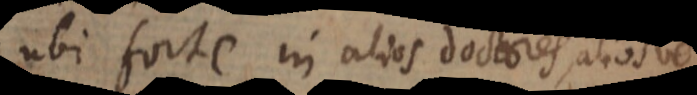
ubi forte in alios doctores, aliosve